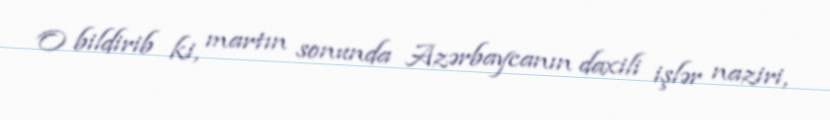
O bildirib ki, martın sonunda Azərbaycanın daxili işlər naziri,